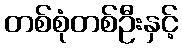
တစ်စုံတစ်ဦးနှင့်